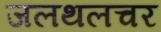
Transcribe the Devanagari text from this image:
जलथलचर